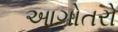
આગોતરો